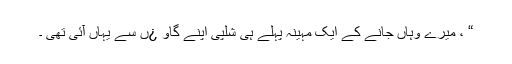
“ ، میرے وہاں جانے کے ایک مہینہ پہلے ہی شلپی اپنے گاو ¿ں سے یہاں آئی تھی ۔